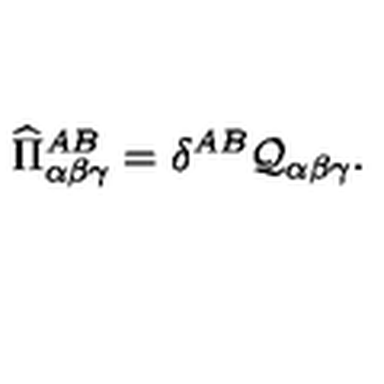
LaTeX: \widehat { \Pi } _ { \alpha \beta \gamma } ^ { A B } = \delta ^ { A B } \mathcal { Q } _ { \alpha \beta \gamma } .